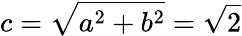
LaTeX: c=\sqrt{a^{2}+b^{2}}=\sqrt{2}